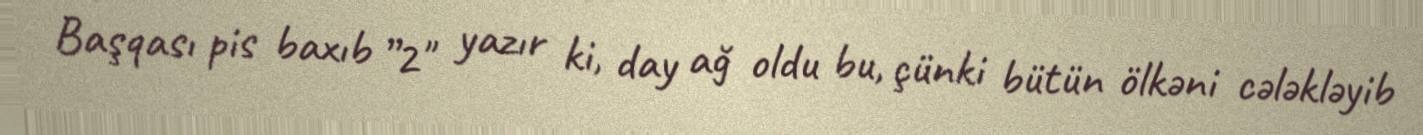
Başqası pis baxıb ”2" yazır ki, day ağ oldu bu, çünki bütün ölkəni cələkləyib